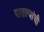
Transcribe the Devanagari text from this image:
यातल्यांची